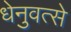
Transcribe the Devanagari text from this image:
धेनुवत्से